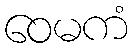
ဝေမကံ